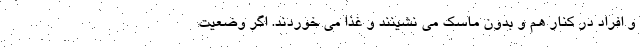
و افراد در کنار هم و بدون ماسک می نشینند و غذا می خوردند. اگر وضعیت